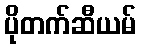
ပိုတက်ဆီယမ်